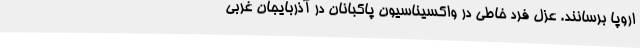
اروپا برسانند. عزل فرد خاطی در واکسیناسیون پاکبانان در آذربایجان غربی